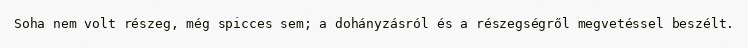
Soha nem volt részeg, még spicces sem; a dohányzásról és a részegségről megvetéssel beszélt.